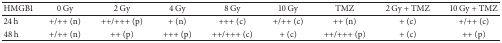
| HMGB1 | 0 Gy | 2 Gy | 4 Gy | 8 Gy | 10 Gy | TMZ | 2 Gy + TMZ | 10 Gy + TMZ |
 | --- | --- | --- | --- | --- | --- | --- | --- | --- |
 | 24 h | +/++ (n) | ++/+++ (p) | + (n) | +++ (c) | +/++ (c) | ++ (n) | + (c) | +/++ (c) |
 | 48 h | +/++ (n) | ++ (p) | +++ (p) | ++/+++ (c) | + (c) | ++/+++ (p) | + (c) | ++ (p) |